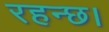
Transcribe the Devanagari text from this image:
रहन्छ।